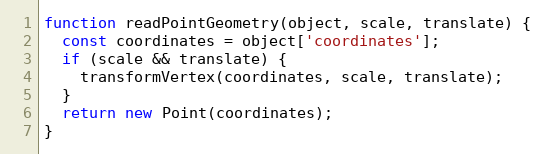
Language: JavaScript
function readPointGeometry(object, scale, translate) {
  const coordinates = object['coordinates'];
  if (scale && translate) {
    transformVertex(coordinates, scale, translate);
  }
  return new Point(coordinates);
}